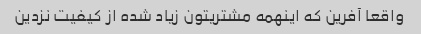
واقعا آفرین که اینهمه مشتریتون زیاد شده از کیفیت نزدین